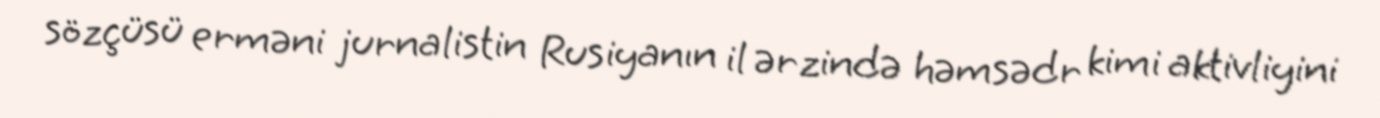
sözçüsü erməni jurnalistin Rusiyanın il ərzində həmsədr kimi aktivliyini